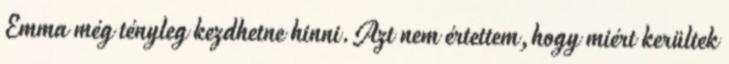
Emma még tényleg kezdhetne hinni.Azt nem értettem,hogy miért kerültek